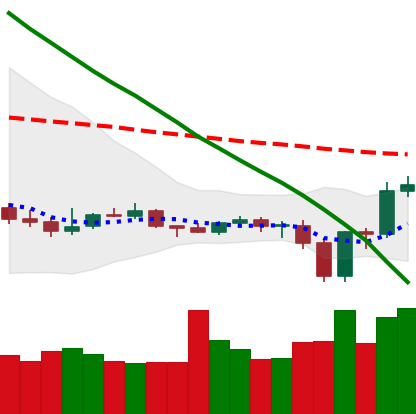
Ticker: ETC-USD
Chart end date: 2019-12-21
Forward return: 9.842%
Label: up_7plus